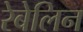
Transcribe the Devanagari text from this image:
रेबेलिन